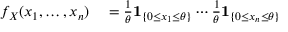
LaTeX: \begin{array} { r l } { f _ { X } ( x _ { 1 } , \ldots , x _ { n } ) } & { { } = { \frac { 1 } { \theta } } \mathbf { 1 } _ { \{ 0 \leq x _ { 1 } \leq \theta \} } \cdots { \frac { 1 } { \theta } } \mathbf { 1 } _ { \{ 0 \leq x _ { n } \leq \theta \} } } \end{array}